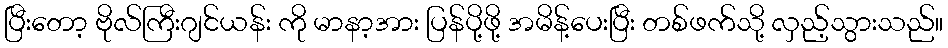
ပြီးတော့ ဗိုလ်ကြီးဂျင်ယန်း ကို မာနာ့အား ပြန်ပို့ဖို့ အမိန့်ပေးပြီး တစ်ဖက်သို့ လှည့်သွားသည်။